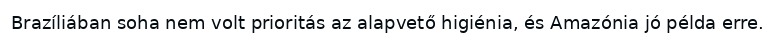
Brazíliában soha nem volt prioritás az alapvető higiénia, és Amazónia jó példa erre.